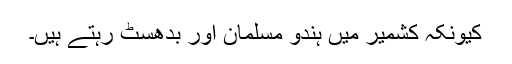
کیونکہ کشمیر میں ہندو مسلمان اور بدھسٹ رہتے ہیں۔